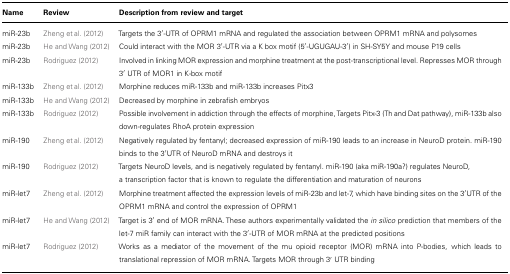
| Name | Review | Description from review and target |
 | --- | --- | --- |
 | miR-23b | Zheng et al. (2012) | Targets the 3′-UTR of OPRM1 mRNA and regulated the association between OPRM1 mRNA and polysomes |
 | miR-23b | He and Wang (2012) | Could interact with the MOR 3′-UTR via a K box motif (5′-UGUGAU-3′) in SH-SY5Y and mouse P19 cells |
 | miR-23b | Rodriguez (2012) | Involved in linking MOR expression and morphine treatment at the post-transcriptional level. Represses MOR through 3′ UTR of MOR1 in K-box motif |
 | miR-133b | Zheng et al. (2012) | Morphine reduces miR-133b and miR-133b increases Pitx3 |
 | miR-133b | He and Wang (2012) | Decreased by morphine in zebrafish embryos |
 | miR-133b | Rodriguez (2012) | Possible involvement in addiction through the effects of morphine, Targets Pitx-3 (Th and Dat pathway), miR-133b also down-regulates RhoA protein expression |
 | miR-190 | Zheng et al. (2012) | Negatively regulated by fentanyl; decreased expression of miR-190 leads to an increase in NeuroD protein. miR-190 binds to the 3′UTR of NeuroD mRNA and destroys it |
 | miR-190 | Rodriguez (2012) | Targets NeuroD levels, and is negatively regulated by fentanyl. miR-190 (aka miR-190a?) regulates NeuroD, a transcription factor that is known to regulate the differentiation and maturation of neurons |
 | miR-let7 | Zheng et al. (2012) | Morphine treatment affected the expression levels of miR-23b and let-7, which have binding sites on the 3′UTR of the OPRM1 mRNA and control the expression of OPRM1 |
 | miR-let7 | He and Wang (2012) | Target is 3′ end of MOR mRNA. These authors experimentally validated the in silico prediction that members of the let-7 miR family can interact with the 3′-UTR of MOR mRNA at the predicted positions |
 | miR-let7 | Rodriguez (2012) | Works as a mediator of the movement of the mu opioid receptor (MOR) mRNA into P-bodies, which leads to translational repression of MOR mRNA. Targets MOR through 3′ UTR binding |